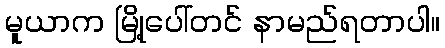
မူယာက မြို့ပေါ်တင် နာမည်ရတာပါ။